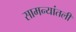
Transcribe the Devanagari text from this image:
सामन्यांतली